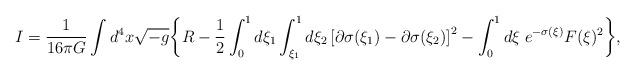
LaTeX: \begin{align*}I={1\over 16\pi G}\int d^4x\sqrt{-g}\biggl\{ R-{1\over 2}\int_{0}^1 d\xi_1\int_{\xi_1}^1d\xi_2\left[\partial\sigma(\xi_1)-\partial\sigma(\xi_2)\right]^2-\int_{0}^{1} d\xi\;e^{-\sigma(\xi)} F(\xi)^2\biggr\},\end{align*}